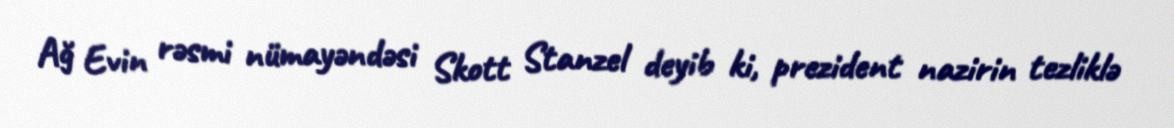
Ağ Evin rəsmi nümayəndəsi Skott Stanzel deyib ki, prezident nazirin tezliklə